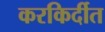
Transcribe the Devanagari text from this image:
करकिर्दीत